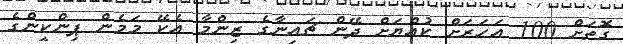
ގޮތަށް 100 އަހަރަށް ކުއްޔަށް ދޭން ޗައިނާގެ ޒިންމާ އެކޭ މަމެން ޕިންކީންގެ